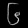
Digit: ၆